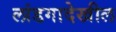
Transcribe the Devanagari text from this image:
लांडगादेखील